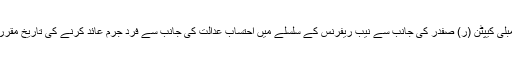
اسلام آباد ( وقائع نگار)اسلام آباد ہائیکورٹ نے سابق وزیراعظم نواز شریف کے داماد اور رکن قومی اسمبلی کیپٹن (ر) صفدر کی جانب سے نیب ریفرنس کے سلسلے میں احتساب عدالت کی جانب سے فرد جرم عائد کرنے کی تاریخ مقرر کرنے کے حکم نامے کے خلاف دائر کی گئی درخواست ناقابل سماعت قرار دے کر خارج کردی ہے۔